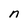
Character: n